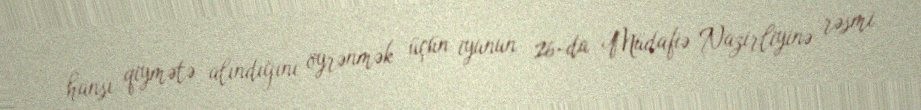
hansı qiymətə alındığını öyrənmək üçün iyunun 26-da Müdafiə Nazirliyinə rəsmi